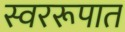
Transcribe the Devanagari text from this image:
स्वररूपात